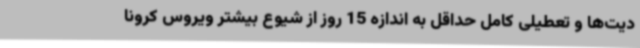
دیت‌ها و تعطیلی کامل حداقل به اندازه 15 روز از شیوع بیشتر ویروس کرونا